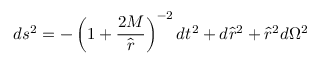
d s ^ { 2 } = - \left( 1 + \frac { 2 M } { \hat { r } } \right) ^ { - 2 } d t ^ { 2 } + d { \hat { r } } ^ { 2 } + { \hat { r } } ^ { 2 } d \Omega ^ { 2 }